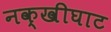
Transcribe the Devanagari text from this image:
नक्खीघाट